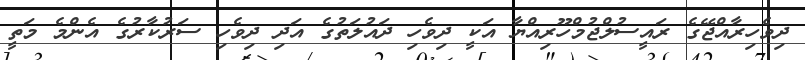
ދިވެހިރާއްޖޭގެ ރައީސުލްޖުމްހޫރިއްޔާ އަކީ ދިވެހި ދައުލަތުގެ އަދި ދިވެހި ސަރުކާރުގެ އެންމެ މަތީ